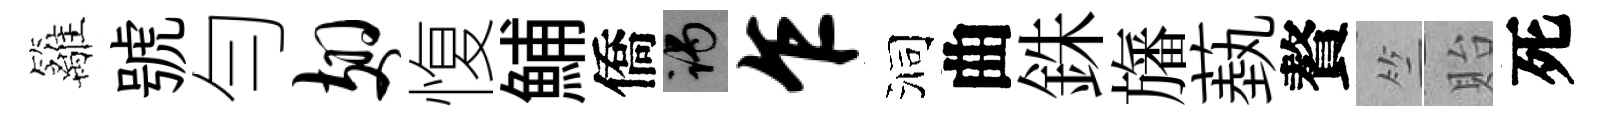
籬號勻翅愎鯆僑谒乍洞曲銖旛蓺贅竺貽死